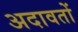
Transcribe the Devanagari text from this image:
अदावतों